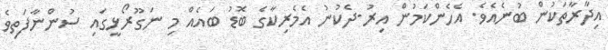
އިދާރާތަކުން ބުނެއެވެ. އެހެންކަމުން އިރު-ދެކުނު އެމެރިކާގެ ބޮޑު ބައެއް މި ނަގޫރޯޅީގައި ސުންނާފަތިވެ